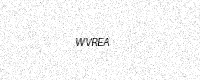
Text: WVREA